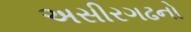
અસીરગઢનો